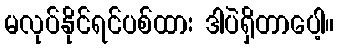
မလုပ်နိုင်ရင်ပစ်ထား ဒါပဲရှိတာပေါ့။